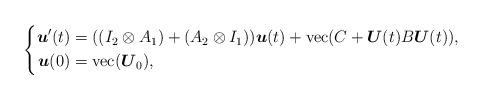
LaTeX: \begin{align*} \left\{ \begin{aligned} \boldsymbol u'(t)&=((I_2\otimes A_1)+(A_2\otimes I_1))\boldsymbol u(t) +\mathrm{vec}(C+\boldsymbol U(t)B\boldsymbol U(t)),\\ \boldsymbol u(0)&=\mathrm{vec}(\boldsymbol U_0), \end{aligned}\right. \end{align*}